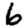
Digit: 6